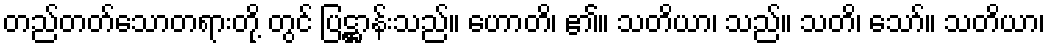
တည်တတ်သောတရားတို့ တွင် ပြဋ္ဌာန်းသည်။ ဟောတိ၊ ၏။ သတိယာ၊ သည်။ သတိ၊ သော်။ သတိယာ၊